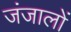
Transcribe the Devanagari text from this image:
जंजालों